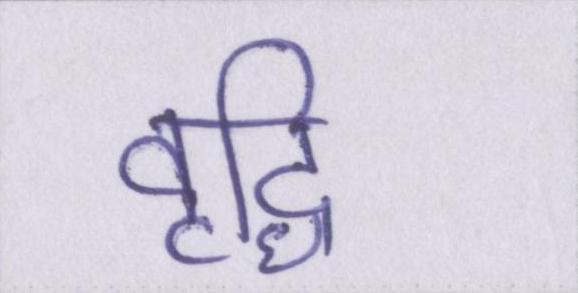
वृद्धि